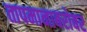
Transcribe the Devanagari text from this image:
तापमानाबरोबर